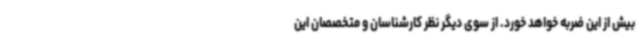
بیش از این ضربه خواهد خورد. از سوی دیگر نظر کارشناسان و متخصصان این